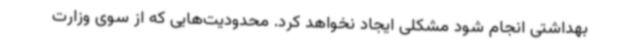
بهداشتی انجام شود مشکلی ایجاد نخواهد کرد. محدودیت‌هایی که از سوی وزارت